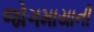
જોગમાયાની